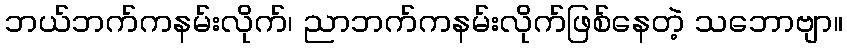
ဘယ်ဘက်ကနမ်းလိုက်၊ ညာဘက်ကနမ်းလိုက်ဖြစ်နေတဲ့ သဘောဗျာ။